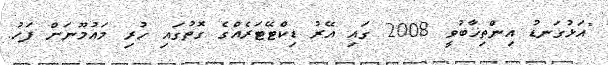
"އަޅުގަނޑު އިންތިޚާބުވީ 2008 ގައި އޭރު ޑިކްޓޭޓަރެއްގެ ގޮތުގައި ހުރި މައުމޫނަށް ފަހު.